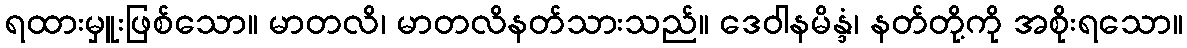
ရထားမှူးဖြစ်သော။ မာတလိ၊ မာတလိနတ်သားသည်။ ဒေဝါနမိန္ဒံ၊ နတ်တို့ကို အစိုးရသော။